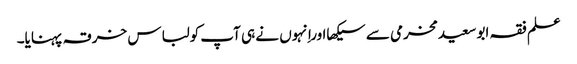
علم فقہ ابو سعیدمخرمی سے سیکھااوراِنہوں نے ہی آپ کولباس خرقہ پہنایا۔